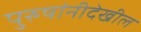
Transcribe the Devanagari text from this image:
पुरुषांनीदेखील